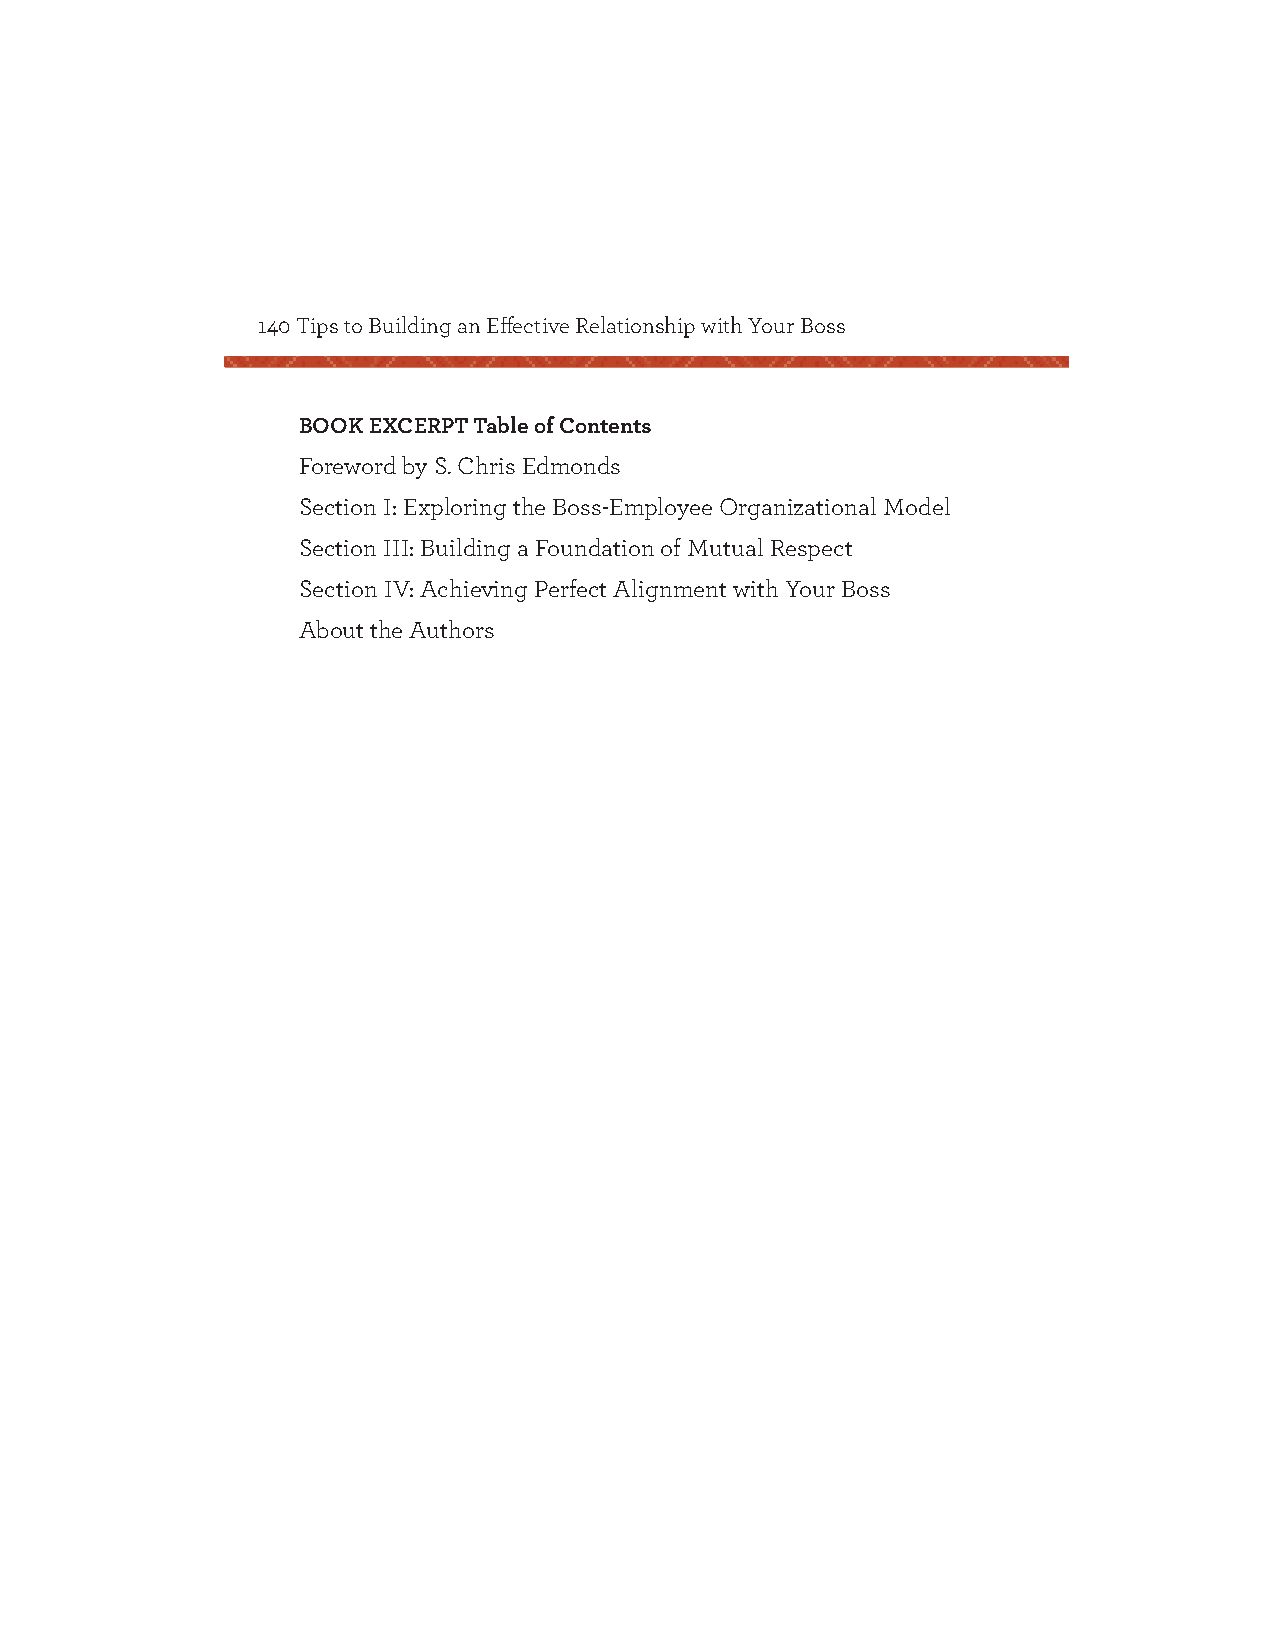
140 Tips to Building an Eff ective Relationship with Your Boss
 BOOK EXCERPT Table of Contents
 Foreword by S. Chris Edmonds
 Section I: Exploring the Boss-Employee Organizational Model
 Section III: Building a Foundation of Mutual Respect
 Section IV: Achieving Perfect Alignment with Your Boss
 About the Authors